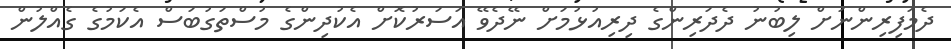
ދެމަފިރިންނަށް ލިބުނު ދެދަރިންގެ ދިރިއުޅުމަށް ނޭދެވޭ އަސަރުކޮށް އެކުދިންގެ މުސްތަގުބަސް އެކަމުގެ ގެއްލުން